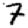
Digit: 7